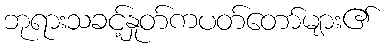
ဘုရားသခင့်နှုတ်ကပတ်တော်များ၏